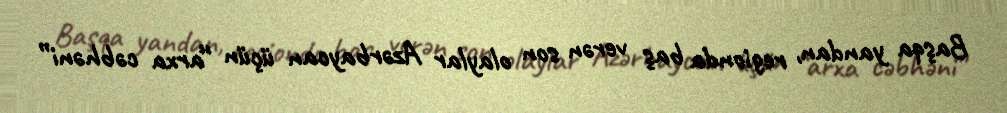
Başqa yandan, regionda baş verən son olaylar Azərbaycan üçün “arxa cəbhəni”